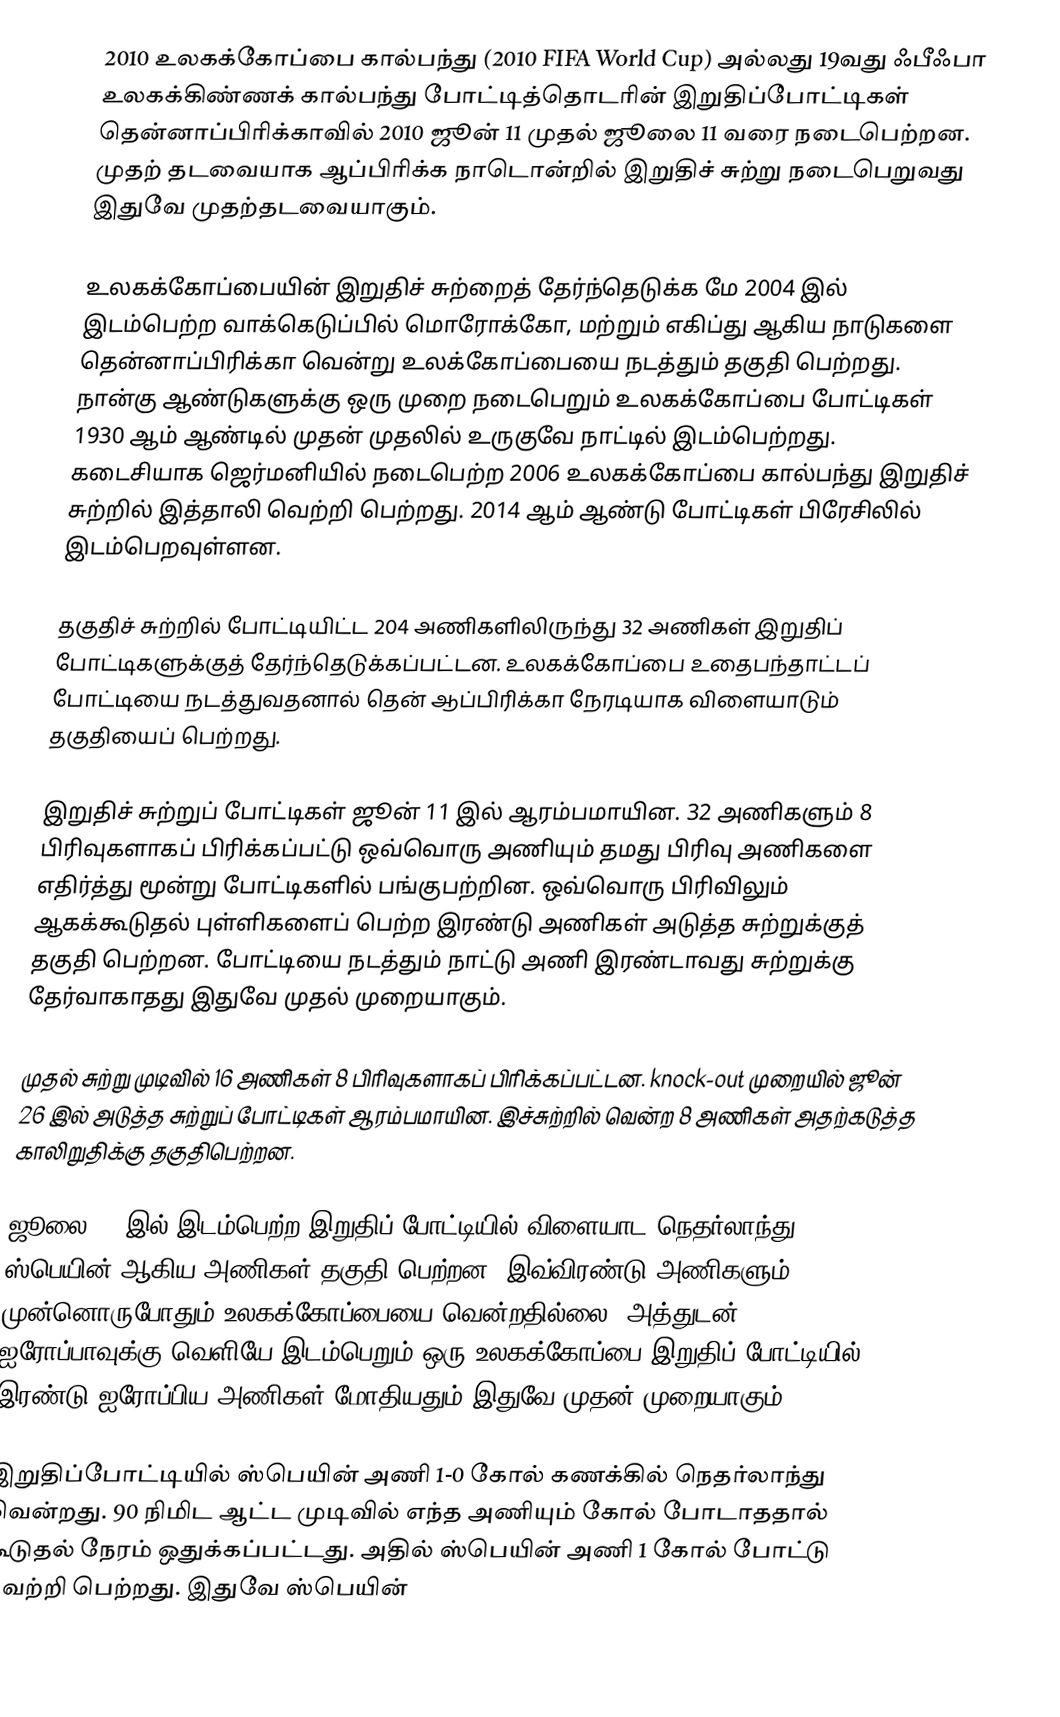
2010 உலகக்கோப்பை கால்பந்து (2010 FIFA World Cup) அல்லது 19வது ஃபீஃபா உலகக்கிண்ணக் கால்பந்து போட்டித்தொடரின் இறுதிப்போட்டிகள் தென்னாப்பிரிக்காவில் 2010 ஜூன் 11 முதல் ஜூலை 11 வரை நடைபெற்றன. முதற் தடவையாக ஆப்பிரிக்க நாடொன்றில் இறுதிச் சுற்று நடைபெறுவது இதுவே முதற்தடவையாகும்.

உலகக்கோப்பையின் இறுதிச் சுற்றைத் தேர்ந்தெடுக்க மே 2004 இல் இடம்பெற்ற வாக்கெடுப்பில் மொரோக்கோ, மற்றும் எகிப்து ஆகிய நாடுகளை தென்னாப்பிரிக்கா வென்று உலக்கோப்பையை நடத்தும் தகுதி பெற்றது. நான்கு ஆண்டுகளுக்கு ஒரு முறை நடைபெறும் உலகக்கோப்பை போட்டிகள் 1930 ஆம் ஆண்டில் முதன் முதலில் உருகுவே நாட்டில் இடம்பெற்றது. கடைசியாக ஜெர்மனியில் நடைபெற்ற 2006 உலகக்கோப்பை கால்பந்து இறுதிச் சுற்றில் இத்தாலி வெற்றி பெற்றது. 2014 ஆம் ஆண்டு போட்டிகள் பிரேசிலில் இடம்பெறவுள்ளன.

தகுதிச் சுற்றில் போட்டியிட்ட 204 அணிகளிலிருந்து 32 அணிகள் இறுதிப் போட்டிகளுக்குத் தேர்ந்தெடுக்கப்பட்டன. உலகக்கோப்பை உதைபந்தாட்டப் போட்டியை நடத்துவதனால் தென் ஆப்பிரிக்கா நேரடியாக விளையாடும் தகுதியைப் பெற்றது.

இறுதிச் சுற்றுப் போட்டிகள் ஜூன் 11 இல் ஆரம்பமாயின. 32 அணிகளும் 8 பிரிவுகளாகப் பிரிக்கப்பட்டு ஒவ்வொரு அணியும் தமது பிரிவு அணிகளை எதிர்த்து மூன்று போட்டிகளில் பங்குபற்றின. ஒவ்வொரு பிரிவிலும் ஆகக்கூடுதல் புள்ளிகளைப் பெற்ற இரண்டு அணிகள் அடுத்த சுற்றுக்குத் தகுதி பெற்றன.  போட்டியை நடத்தும் நாட்டு அணி இரண்டாவது சுற்றுக்கு தேர்வாகாதது இதுவே முதல் முறையாகும்.

முதல் சுற்று முடிவில் 16 அணிகள் 8 பிரிவுகளாகப் பிரிக்கப்பட்டன. knock-out முறையில் ஜூன் 26 இல் அடுத்த சுற்றுப் போட்டிகள் ஆரம்பமாயின. இச்சுற்றில் வென்ற 8 அணிகள் அதற்கடுத்த காலிறுதிக்கு தகுதிபெற்றன.

ஜூலை 11 இல் இடம்பெற்ற இறுதிப் போட்டியில் விளையாட நெதர்லாந்து, ஸ்பெயின் ஆகிய அணிகள் தகுதி பெற்றன. இவ்விரண்டு அணிகளும் முன்னொருபோதும் உலகக்கோப்பையை வென்றதில்லை. அத்துடன், ஐரோப்பாவுக்கு வெளியே இடம்பெறும் ஒரு உலகக்கோப்பை இறுதிப் போட்டியில் இரண்டு ஐரோப்பிய அணிகள் மோதியதும் இதுவே முதன் முறையாகும்.

இறுதிப்போட்டியில் ஸ்பெயின் அணி 1-0 கோல் கணக்கில் நெதர்லாந்து வென்றது. 90 நிமிட ஆட்ட முடிவில் எந்த அணியும் கோல் போடாததால் கூடுதல் நேரம் ஒதுக்கப்பட்டது. அதில் ஸ்பெயின் அணி 1 கோல் போட்டு வெற்றி பெற்றது. இதுவே ஸ்பெயின்